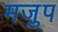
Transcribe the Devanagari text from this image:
मजुप